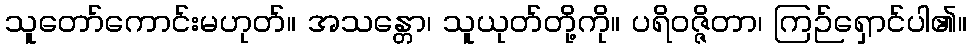
သူတော်ကောင်းမဟုတ်။ အသန္တော၊ သူယုတ်တို့ကို။ ပရိဝဇ္ဇိတာ၊ ကြဉ်ရှောင်ပါ၏။